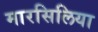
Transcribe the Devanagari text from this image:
मारसिलिया